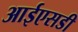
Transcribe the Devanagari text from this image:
आईएसडी